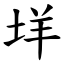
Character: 垟